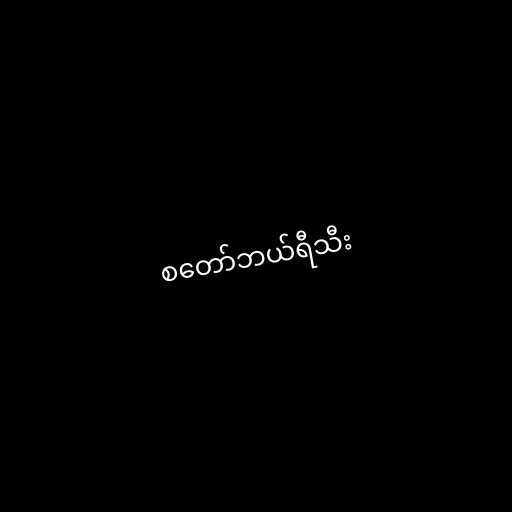
စတော်ဘယ်ရီသီး